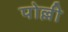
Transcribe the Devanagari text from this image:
पोल्ली